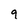
Character: 9